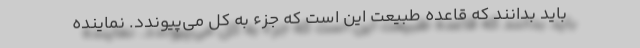
باید بدانند که قاعده طبیعت این است که جزء به کل می‌پیوندد. نماینده